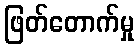
ဖြတ်တောက်မှု